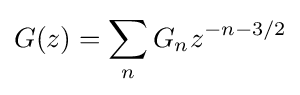
G(z)=\sum _{n}G_{n}z^{-n-3/2}